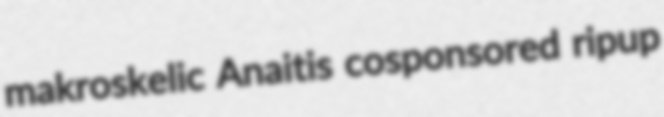
makroskelic Anaitis cosponsored ripup